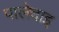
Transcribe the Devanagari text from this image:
पालेदाइ